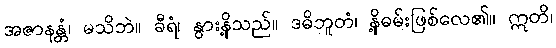
အဇာနန္တံ၊ မသိဘဲ။ ခီရံ၊ နွားနို့သည်။ ဒဓိဘူတံ၊ နို့ဓမ်းဖြစ်လေ၏။ ဣတိ၊